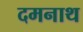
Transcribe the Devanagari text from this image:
दमनाथ